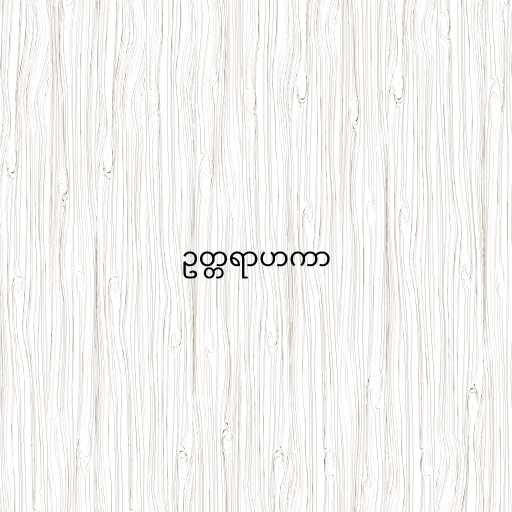
ဥတ္တရာဟကာ